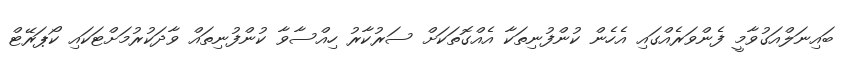
ބައިނަލްއަގުވާމީ ފެންވަރެއްގައި އެހެން ކުންފުނިތަކާ އެއްގޮތަކަށް ސަރުކާރު ހިއްސާވާ ކުންފުނިތައް ވާދަކުރުމަށްޓަކައި ކޯޕަރޭޓް